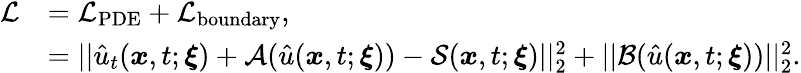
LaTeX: \begin{array}{rl}{\mathcal{L}}&{=\mathcal{L}_{\mathrm{PDE}}+\mathcal{L}_{\mathrm{boundary}},}\\ &{=||\hat{u}_{t}(\boldsymbol{x},t;\boldsymbol{\xi})+\mathcal{A}(\hat{u}(\boldsymbol{x},t;\boldsymbol{\xi}))-\mathcal{S}(\boldsymbol{x},t;\boldsymbol{\xi})||_{2}^{2}+||\mathcal{B}(\hat{u}(\boldsymbol{x},t;\boldsymbol{\xi}))||_{2}^{2}.}\end{array}